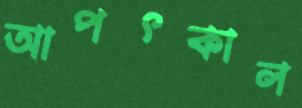
আপৎকাল